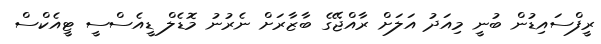
ރީފްސައިޑުން ބުނީ މިއަދު އަލަށް ރާއްޖޭގެ ބާޒާރަށް ނެރުނު މޮޑެލް ޑީއެސްސީ ޓީއެކްސް